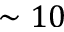
\sim 1 0